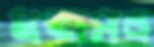
ধরাসহ